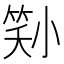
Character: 𡮜